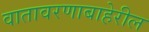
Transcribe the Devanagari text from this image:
वातावरणाबाहेरील